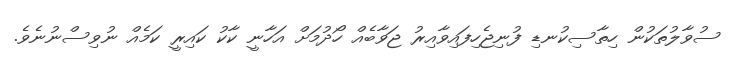
ސުވާލުތަކުން ހިތާސިކުނޑި ފުނިޖެހިފައިވާއިރު ޖަވާބެއް ހޯދުމަށް އަހާނީ ކާކު ކައިރީ ކަމެއް ނުވިސްނުނެވެ.